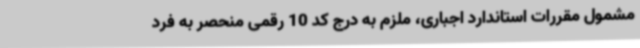
مشمول مقررات استاندارد اجباری، ملزم به درج کد 10 رقمی منحصر به فرد